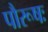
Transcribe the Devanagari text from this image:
पौरूषः